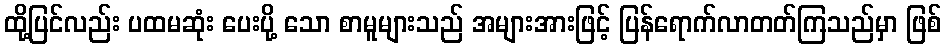
ထို့ပြင်လည်း ပထမဆုံး ပေးပို့ သော စာမူများသည် အများအားဖြင့် ပြန်ရောက်လာတတ်ကြသည်မှာ ဖြစ်